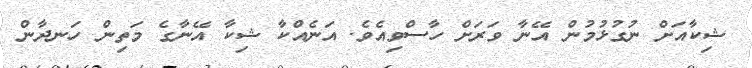
ޝިކާއަށް ނުގުޅުމުން އޭނާ ވަރަށް ހާސްވިއެވެ. އަނެއްކާ ޝިކާ އޭނާގެ މަތިން ހަނދާން